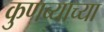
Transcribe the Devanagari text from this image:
कुणब्याच्या